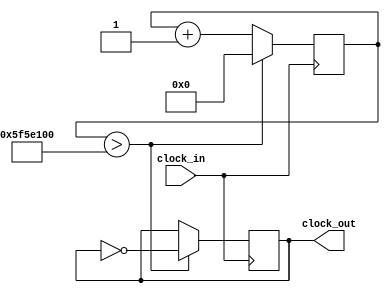
`timescale 1ns / 1ps
//////////////////////////////////////////////////////////////////////////////////
// Company: 
// Engineer: 
// 
// Design Name: 
// Module Name: Blinky
// Project Name: 
// Target Devices: 
// Tool Versions: 
// Description: 
// 
// Dependencies: 
// 
// Revision:
// Revision 0.01 - File Created
// Additional Comments:
// 
//////////////////////////////////////////////////////////////////////////////////


module Blinky_1Hz(clock_in, clock_out);

 input clock_in; // System clock
 output clock_out; // Low-frequency clock
 
 reg [31:0] counter_out; // register for storing values
 reg clock_out; // register buffer for output port

 initial begin
        counter_out<=32'h00000000; // 0 in Hexadecimal format
        clock_out<=0;
 end
 
 //this always block runs on the fast 100MHz clock
 always @(posedge clock_in)
 begin
         counter_out<=counter_out + 32'h00000001; // Adding one at every clock pulse
 if (counter_out>32'h5F5E100) // If count value reaches to 100000000 = 10^8
 begin
         counter_out<=32'h00000000; // reset the counter
         clock_out <= ~clock_out; // and invert the clock pulse level
    end
 end
 
 endmodule